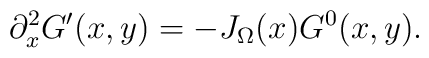
\partial^2_x G'(x,y) = - J_\Omega(x) G^0(x,y).